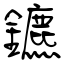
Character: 鑣